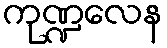
ကုဏ္ဍလေန